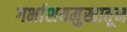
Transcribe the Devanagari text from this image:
गर्भाशयमुखातून